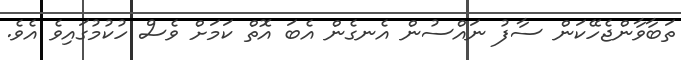
ތަބާވާންޖެހޭކަން ސާފު ނައްސުން އެނގެން އެބަ އޮތް ކަމަށް ވެސް ހުކުމުގައިވެ އެވެ.